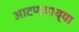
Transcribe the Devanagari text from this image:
आटण्याच्या